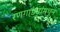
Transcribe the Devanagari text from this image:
रणगाड्यांमधून